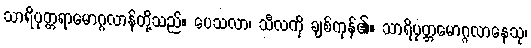
သာရိပုတ္တရာမောဂ္ဂလာန်တို့သည်။ ပေသလာ၊ သီလကို ချစ်ကုန်၏။ သာရိပုတ္တမောဂ္ဂလာနေသု၊